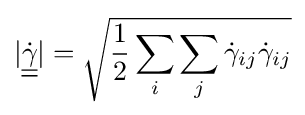
|{\underline {\underline {\dot {\gamma }}}}|={\sqrt {{\frac {1}{2}}\sum _{i}\sum _{j}{\dot {\gamma }}_{ij}{\dot {\gamma }}_{ij}}}